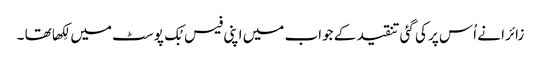
زائرا نے اُس پر کی گئی تنقید کے جواب میں اپنی فیس بُک پوسٹ میں لِکھا تھا ۔